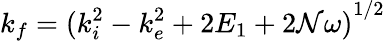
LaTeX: {k_{f}}={(k_{i}^{2}-k_{e}^{2}+2E_{1}+2\mathcal{N}\omega)}^{1/2}